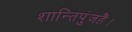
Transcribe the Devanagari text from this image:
शान्तिपुंजहैं।